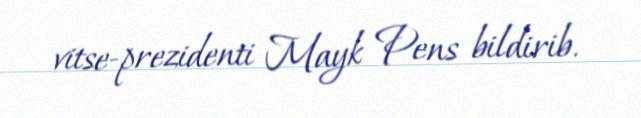
vitse-prezidenti Mayk Pens bildirib.